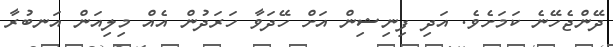
ދޭންޖެހޭނެ ކަމަށެވެ. އަދި ފިނިޝިން އަށް ހޭދަވާ ހަރަދުން އެއް މިލިއަން އަނބުރާ